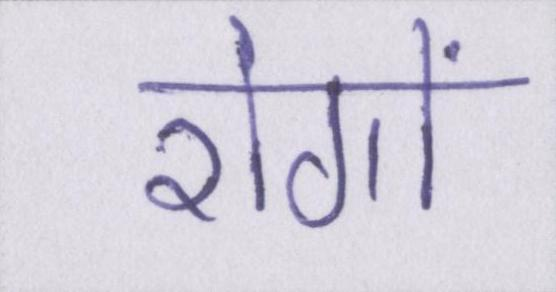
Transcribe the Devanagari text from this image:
रोगों